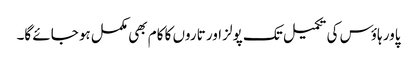
پاور ہاؤس کی تکمیل تک پولز اور تاروں کا کام بھی مکمل ہو جائے گا۔